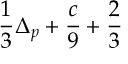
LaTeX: \frac { 1 } { 3 } \Delta _ { p } + \frac { c } { 9 } + \frac { 2 } { 3 }